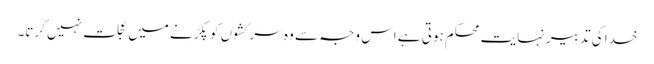
خدا کی تدبیر نہایت محکم ہوتی ہے اس وجہ سے وہ سرکشوں کو پکڑنے میں عجلت نہیں کرتا۔